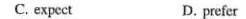
C. expect D. prefer